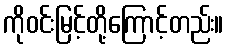
ကိုဝင်းမြင့်တို့ကြောင့်တည်း။